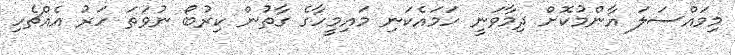
މިމައްސަލަ އާންމުކޮށް ދިމާވަނީ ހަމައެކަނި މައިމީހާގެ ގާތުން ކިރުބޯ ނުވަތަ ހަރު އެއްޗެހި